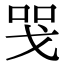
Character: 𢦸